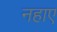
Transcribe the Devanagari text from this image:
नहाए